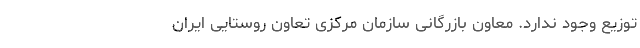
توزیع وجود ندارد. معاون بازرگانی سازمان مرکزی تعاون روستایی ایران